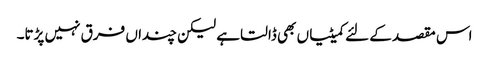
اس مقصد کے لئے کمیٹیاں بھی ڈالتا ہے لیکن چنداں فرق نہیں پڑتا۔